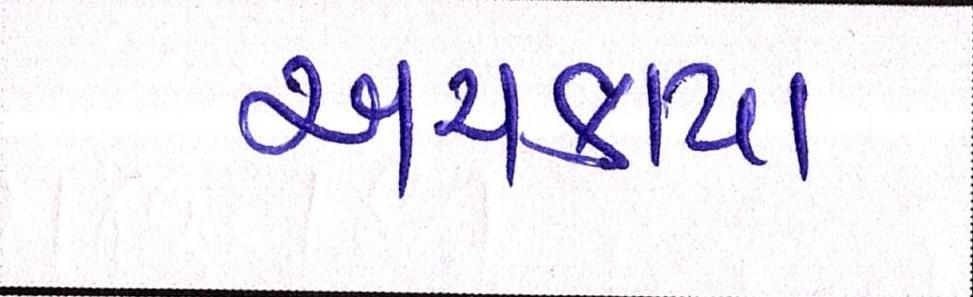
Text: અચકાય